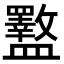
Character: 𪾜